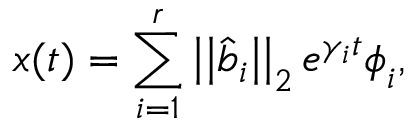
\boldsymbol { x } ( t ) = \sum _ { i = 1 } ^ { r } \left| \left| \hat { \boldsymbol { b } } _ { i } \right| \right| _ { 2 } e ^ { \gamma _ { i } t } \boldsymbol { \phi } _ { i } ,